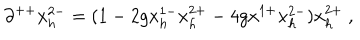
\partial ^ { + + } x _ { h } ^ { 2 - } = ( 1 - 2 g x _ { h } ^ { 1 - } x _ { h } ^ { 2 + } - 4 g x ^ { 1 + } x _ { h } ^ { 2 - } ) x _ { h } ^ { 2 + } \ ,